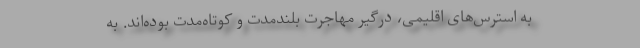
به استرس‌های اقلیمی، درگیر مهاجرت بلندمدت و کوتاه‌مدت بوده‌اند. به